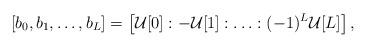
LaTeX: \begin{align*}[b_0, b_1, \ldots, b_L] = \left[ \mathcal{U}[0] : - \mathcal{U}[1] : \ldots : (-1)^L \mathcal{U}[L] \right],\end{align*}